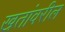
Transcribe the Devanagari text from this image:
खतांवरील